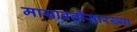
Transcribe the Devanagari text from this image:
मायावतींसारख्या